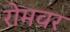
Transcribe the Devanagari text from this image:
रोमवर